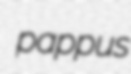
pappus